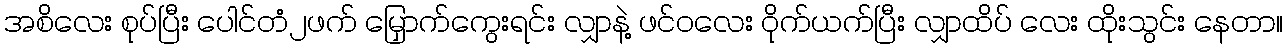
အစိလေး စုပ်ပြီး ပေါင်တံ၂ဖက် မြှောက်ကွေးရင်း လျှာနဲ့ ဖင်ဝလေး ဝိုက်ယက်ပြီး လျှာထိပ် လေး ထိုးသွင်း နေတာ။